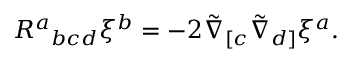
R ^ { a } { } _ { b c d } \xi ^ { b } = - 2 \tilde { \nabla } _ { [ c } \tilde { \nabla } _ { d ] } \xi ^ { a } .